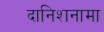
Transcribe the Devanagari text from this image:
दानिशनामा